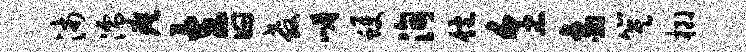
沛濡瘼立曰教嵋蠖洵饱烹象箕榔